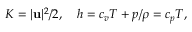
K = | \mathbf u | ^ { 2 } / 2 , \quad h = c _ { v } T + p / \rho = c _ { p } T ,